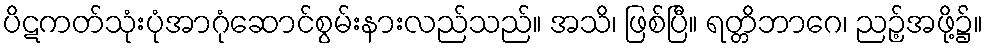
ပိဋကတ်သုံးပုံအာဂုံဆောင်စွမ်းနားလည်သည်။ အသိ၊ ဖြစ်ပြီ။ ရတ္တိဘာဂေ၊ ညဉ့်အဖို့၌။